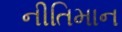
નીતિમાન